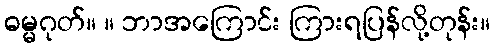
ဓမ္မဂုတ်။ ။ ဘာအကြောင်း ကြားရပြန်လို့တုန်း။